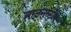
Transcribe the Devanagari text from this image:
ब्राउनस्ट्रोम